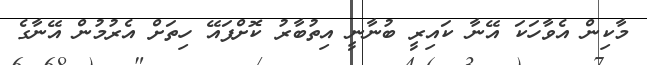
މާކިން އެވާހަކަ އޭނާ ކައިރީ ބުނާނީ އިތުބާރު ކޮށްފައޭ ހިތަށް އެރުމުން އޭނާގެ